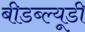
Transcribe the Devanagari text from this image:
बीडब्ल्यूडी